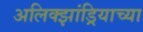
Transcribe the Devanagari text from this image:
अलिक्झांड्रियाच्या